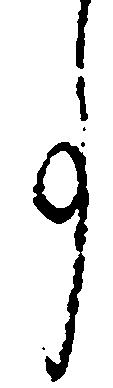
事